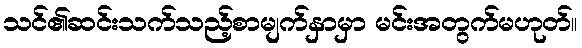
သင်၏ဆင်းသက်သည့်စာမျက်နှာမှာ မင်းအတွက်မဟုတ်။